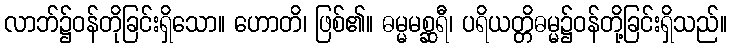
လာဘ်၌ဝန်တိုခြင်းရှိသော။ ဟောတိ၊ ဖြစ်၏။ ဓမ္မမစ္ဆရီ၊ ပရိယတ္တိဓမ္မ၌ဝန်တို့ခြင်းရှိသည်။